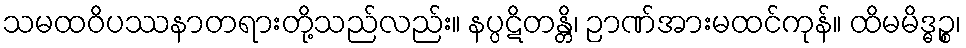
သမထဝိပဿနာတရားတို့သည်လည်း။ နပ္ပဋိတန္တိ၊ ဉာဏ်အားမထင်ကုန်။ ထိမမိဒ္ဓဉ္စ၊